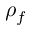
\rho _ { f }